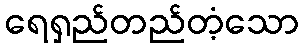
ရေရှည်တည်တံ့သော